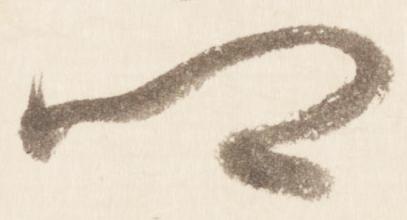
卿